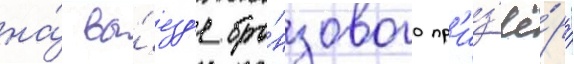
на́ вы́езд'е бро́нзового пр'из'ё́ра